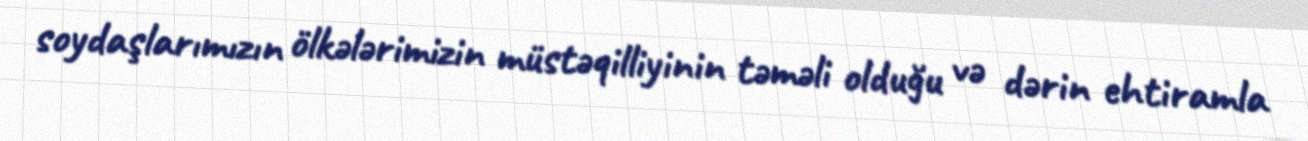
soydaşlarımızın ölkələrimizin müstəqilliyinin təməli olduğu və dərin ehtiramla